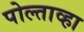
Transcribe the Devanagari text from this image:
पोल्ताव्हा